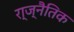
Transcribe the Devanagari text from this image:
रा्ज्नैतिक